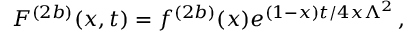
{ \cal F } ^ { ( 2 b ) } ( x , t ) = f ^ { ( 2 b ) } ( x ) e ^ { ( 1 - x ) t / 4 x \Lambda ^ { 2 } } \, ,